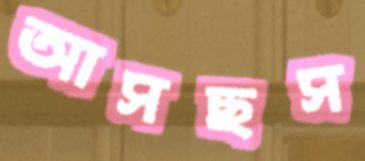
আসছস